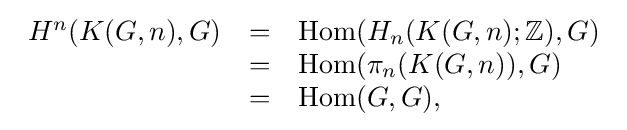
{\begin{array}{rcl}H^{n}(K(G,n),G)&=&\operatorname {Hom} (H_{n}(K(G,n);\mathbb {Z} ),G)\\&=&\operatorname {Hom} (\pi _{n}(K(G,n)),G)\\&=&\operatorname {Hom} (G,G),\end{array}}